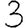
Digit: 3